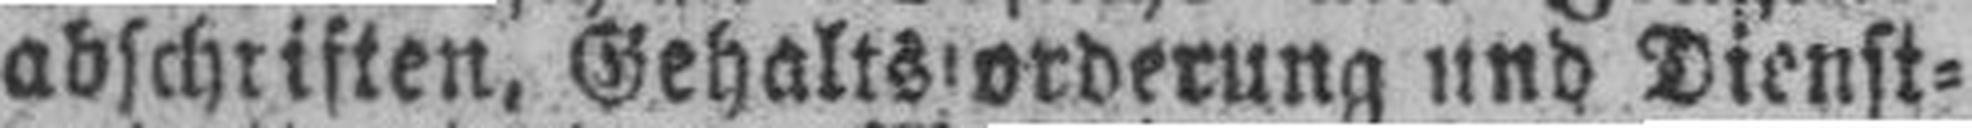
abschriften, Gehaltsforderung und Dienst¬